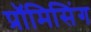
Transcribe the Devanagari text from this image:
प्रॉमिसिंग